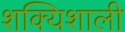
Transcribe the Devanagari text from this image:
शक्यिशाली